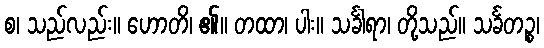
စ၊ သည်လည်း။ ဟောတိ၊ ၏။ တထာ၊ ပါး။ သင်္ခါရာ၊ တို့သည်။ သင်္ခတဉ္စ၊